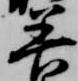
善